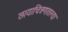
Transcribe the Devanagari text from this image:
छायाचित्रणातल्या